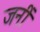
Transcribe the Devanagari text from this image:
जनीं